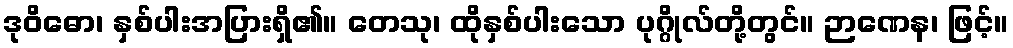
ဒုဝိဓော၊ နှစ်ပါးအပြားရှိ၏။ တေသု၊ ထိုနှစ်ပါးသော ပုဂ္ဂိုလ်တို့တွင်။ ဉာဏေန၊ ဖြင့်။